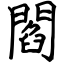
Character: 閻